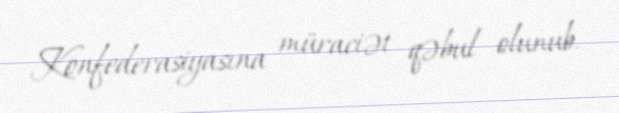
Konfederasiyasına müraciət qəbul olunub.